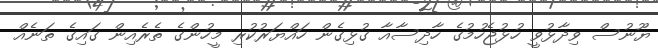
ޔޫނުސް ވިދާޅުވީ ހުޅުޖެހުމުގެ ހާދިސާއާ ގުޅިގެން ހައްޔަރުކުރި މީހުންގެ ތެރެއިން ގައިގެ ތަނެއް